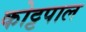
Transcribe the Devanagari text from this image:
कोट्टपाल